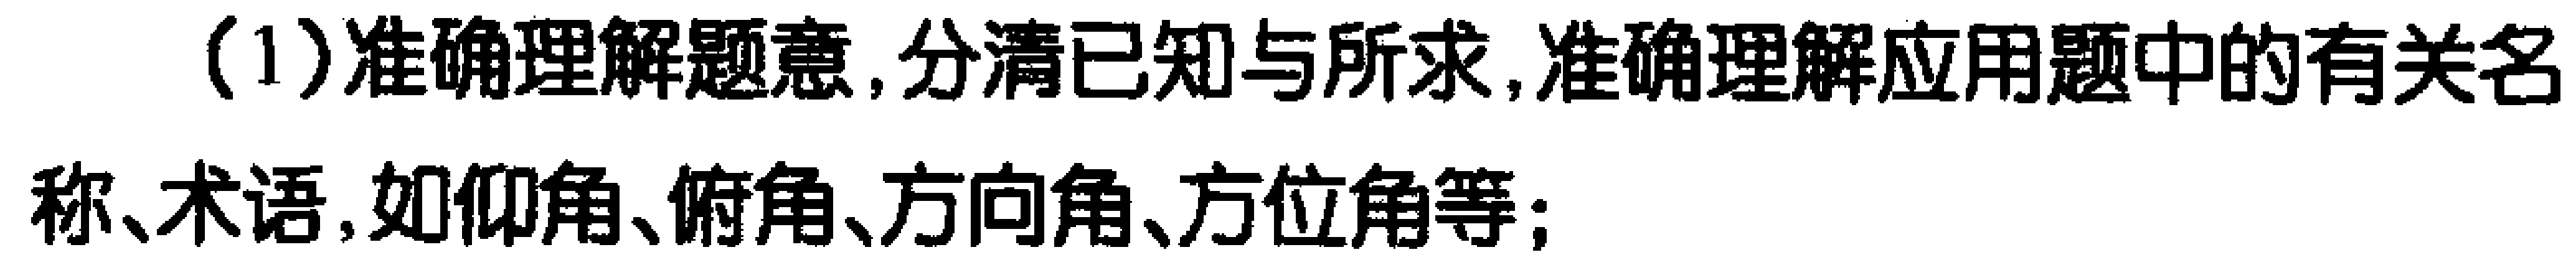
(1)准确理解题意,分清已知与所求,准确理解应用题中的有关名称、术语,如仰角、俯角、方向角、方位角等;